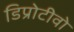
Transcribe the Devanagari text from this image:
डिप्रोटीवो